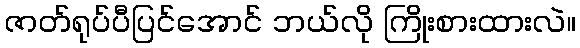
ဇာတ်ရုပ်ပီပြင်အောင် ဘယ်လို ကြိုးစားထားလဲ။